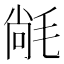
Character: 𭯝